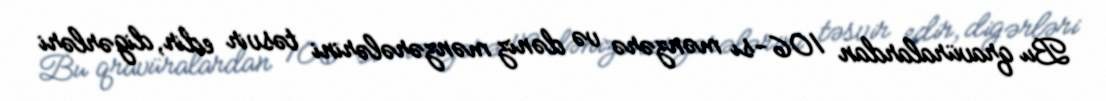
Bu qravüralardan 106-sı mənzərə və dəniz mənzərələrini təsvir edir, digərləri